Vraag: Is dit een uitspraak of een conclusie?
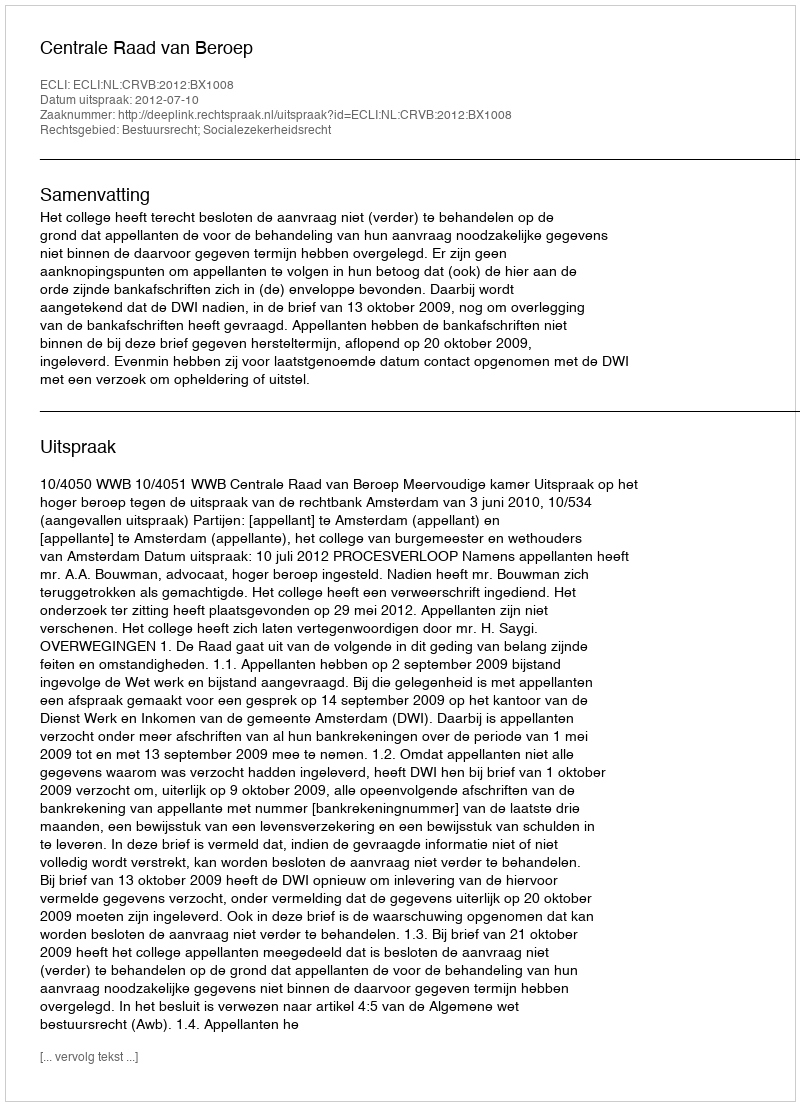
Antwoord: Uitspraak